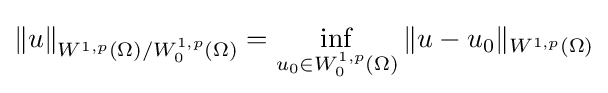
\|u\|_{W^{1,p}(\Omega )/W_{0}^{1,p}(\Omega )}=\inf _{u_{0}\in W_{0}^{1,p}(\Omega )}\|u-u_{0}\|_{W^{1,p}(\Omega )}